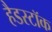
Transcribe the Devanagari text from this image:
हैडस्टॉक